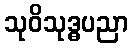
သုဝိသုဒ္ဓပညာ